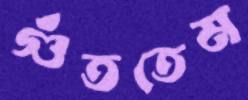
গুঁততেম